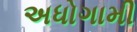
અધોગામી